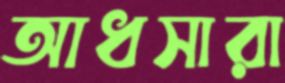
আধসারা